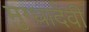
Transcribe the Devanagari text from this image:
मुग्धादेवी